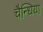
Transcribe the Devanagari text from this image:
चैन्धिया